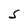
Character: S